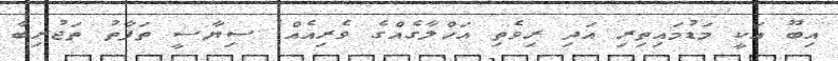
އިބޫ އަކީ މަޑުމައިތިރި އަދި ރިވެތި އަޚްލާގެއްގެ ވެރިއެއް! ސިޔާސީ ތަފާތު ތަޖުރިބާ